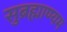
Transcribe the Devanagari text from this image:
सुब्रह्माण्यम